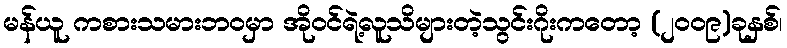
မန်ယူ ကစားသမားဘဝမှာ အိုဝင်ရဲ့လူသိများတဲ့သွင်းဂိုးကတော့ (၂၀၀၉)ခုနှစ်၊